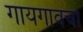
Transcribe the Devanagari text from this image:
गायगावचा